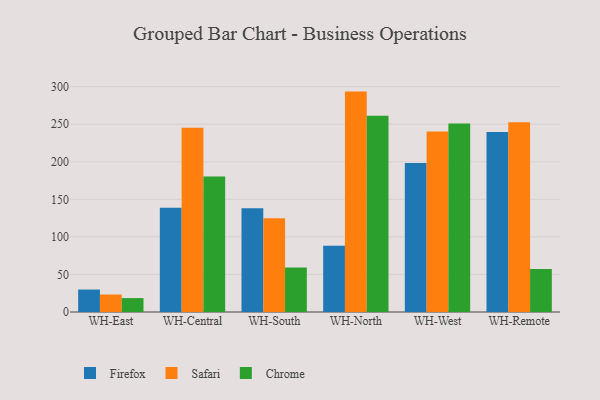
{"axis": {"x": "Warehouse", "y": "Satisfaction Score"}, "legend": ["Chrome", "Firefox", "Safari"], "data": [{"x": "WH-East", "y": 29.9, "type": "Firefox"}, {"x": "WH-East", "y": 23.3, "type": "Safari"}, {"x": "WH-East", "y": 18.5, "type": "Chrome"}, {"x": "WH-Central", "y": 138.8, "type": "Firefox"}, {"x": "WH-Central", "y": 245.3, "type": "Safari"}, {"x": "WH-Central", "y": 180.5, "type": "Chrome"}, {"x": "WH-South", "y": 138.2, "type": "Firefox"}, {"x": "WH-South", "y": 124.7, "type": "Safari"}, {"x": "WH-South", "y": 59.2, "type": "Chrome"}, {"x": "WH-North", "y": 88.3, "type": "Firefox"}, {"x": "WH-North", "y": 293.4, "type": "Safari"}, {"x": "WH-North", "y": 261.1, "type": "Chrome"}, {"x": "WH-West", "y": 198.3, "type": "Firefox"}, {"x": "WH-West", "y": 240.4, "type": "Safari"}, {"x": "WH-West", "y": 250.8, "type": "Chrome"}, {"x": "WH-Remote", "y": 239.5, "type": "Firefox"}, {"x": "WH-Remote", "y": 252.7, "type": "Safari"}, {"x": "WH-Remote", "y": 57.2, "type": "Chrome"}]}